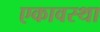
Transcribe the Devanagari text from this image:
एकावस्था